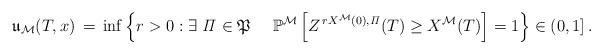
LaTeX: \begin{align*}\mathfrak{u}_{\mathcal{M}}(T, x) \,= \,\inf \left\{r >0 : \exists\ {\it \Pi} \in \mathfrak{P}\ \ \ \ \mathbb{P}^{\mathcal{M}} \left[Z^{\,rX^{\mathcal{M}}(0),{\it \Pi}}(T) \ge X^{\mathcal{M}}(T) \right]= 1\right\} \in ( 0,1]\,.\end{align*}